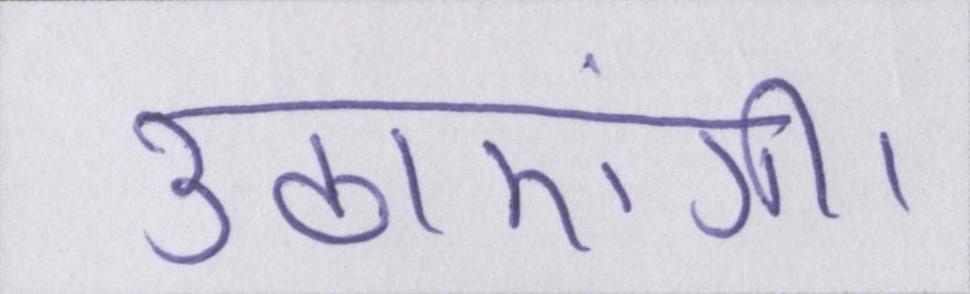
उठाएंगी।